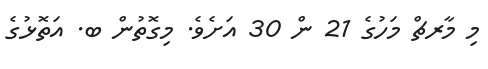
މި މާރޗް މަހުގެ 21 ން 30 އަށެވެ. މިގޮތުން ބ. އަތޮޅުގެ